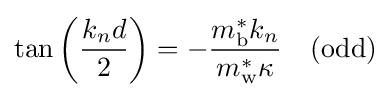
\tan \left({\frac {k_{n}d}{2}}\right)=-{\frac {m_{\text{b}}^{*}k_{n}}{m_{\text{w}}^{*}\kappa }}\quad {\text{(odd)}}